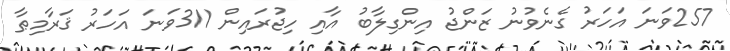
257ވަނަ އަހަރު ގެނެވުނު ޒަންޖު އިންގިލާބު އާއި ހިޖުރައިން 311ވަނަ އަހަރު ޤަރާމިޠާ